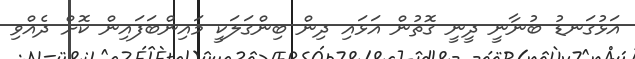
އަޅުގަނޑު ބުނާނީ ދީނީ ގޮތުން އަޅައި ދިން ބިންގަލަކީ މައިންބަފައިން ކޮށް ދެއްވި